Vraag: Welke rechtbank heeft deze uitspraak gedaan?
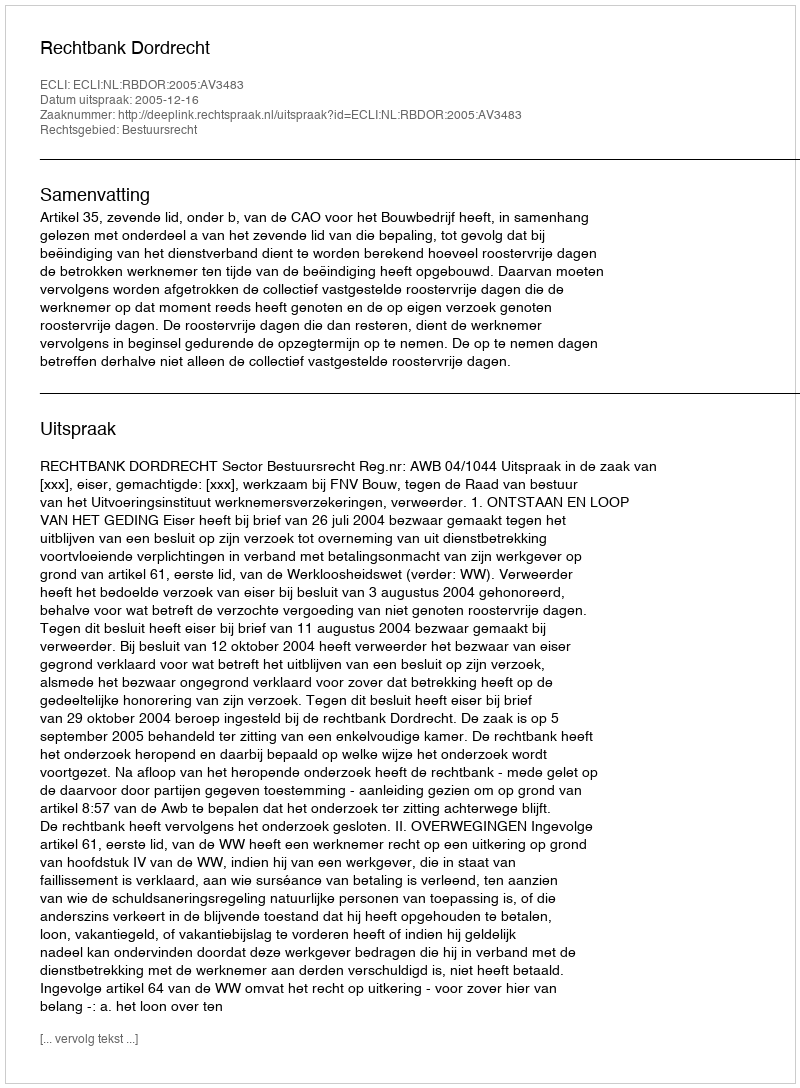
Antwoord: Rechtbank Dordrecht